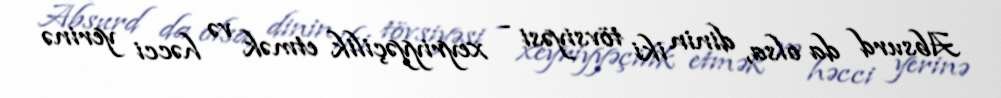
Absurd da olsa, dinin iki tövsiyəsi - xeyriyyəçilik etmək və həcci yerinə